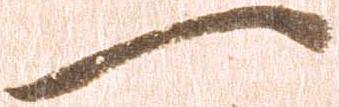
一